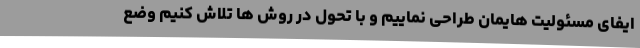
ایفای مسئولیت هایمان طراحی نماییم و با تحول در روش ها تلاش کنیم وضع